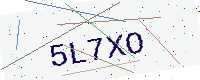
Text: 5L7XO